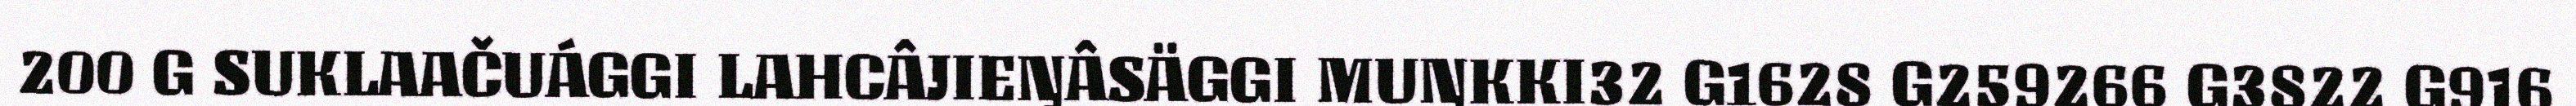
200 G SUKLAAČUÁGGI LAHCÂJIEŊÂSÄGGI MUŊKKI32 G1628 G259266 G3822 G916